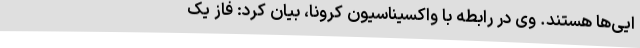
ایی‌ها هستند. وی در رابطه با واکسیناسیون کرونا، بیان کرد: فاز یک